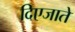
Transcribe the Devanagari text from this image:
दिएजाते